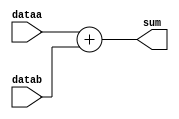
//***************************************************************************
//
//  adder.v -
//
//***************************************************************************

module adder
(
  input   [7:0]  dataa,  // Declare adder inputs
                 datab,
  output  [7:0]  sum     // Declare adder output
);

  assign
    sum = dataa + datab;

endmodule